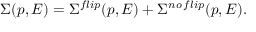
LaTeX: \Sigma ( p , E ) = \Sigma ^ { f l i p } ( p , E ) + \Sigma ^ { n o \, f l i p } ( p , E ) .